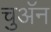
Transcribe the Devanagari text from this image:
चुअॅन